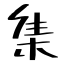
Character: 集